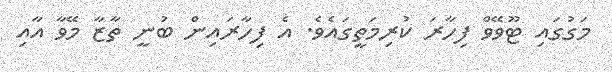
މަގުގައި ޓޫވޭވް ފިހާރަ ކުރިމަތީގައެވެ. އެ ފިހާރައިން ބުނީ ތާޒާ މޭވާ އާއި